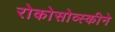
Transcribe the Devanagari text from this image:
रोकोसोव्स्कीने